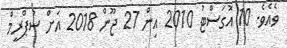
ވެއެވެ. 10 އޮގަސްޓު 2010 އިން 27 ޖޫން 2018 އަށް ސުޕްރީމް